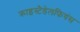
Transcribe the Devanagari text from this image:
क्राइस्टैडेलफियंस